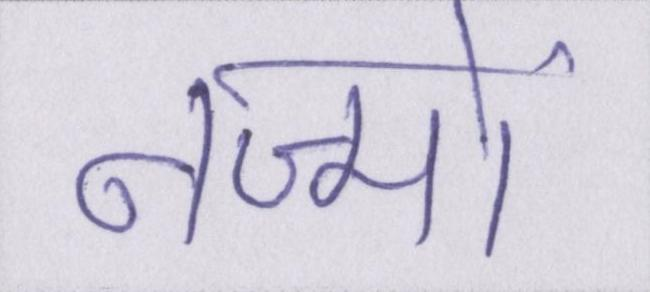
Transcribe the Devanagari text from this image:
नज्मों